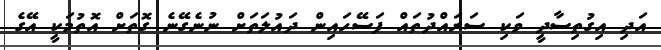
އަދި އިގުތިސާދީ ވަކި ސަރައްދުތައް ފަސޭހައިން ދައުލަތަށް ނުނެގޭނެ ގޮތަށް އޮތުމަކީ އޭގެ